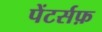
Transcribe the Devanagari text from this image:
पेंटर्सफ़